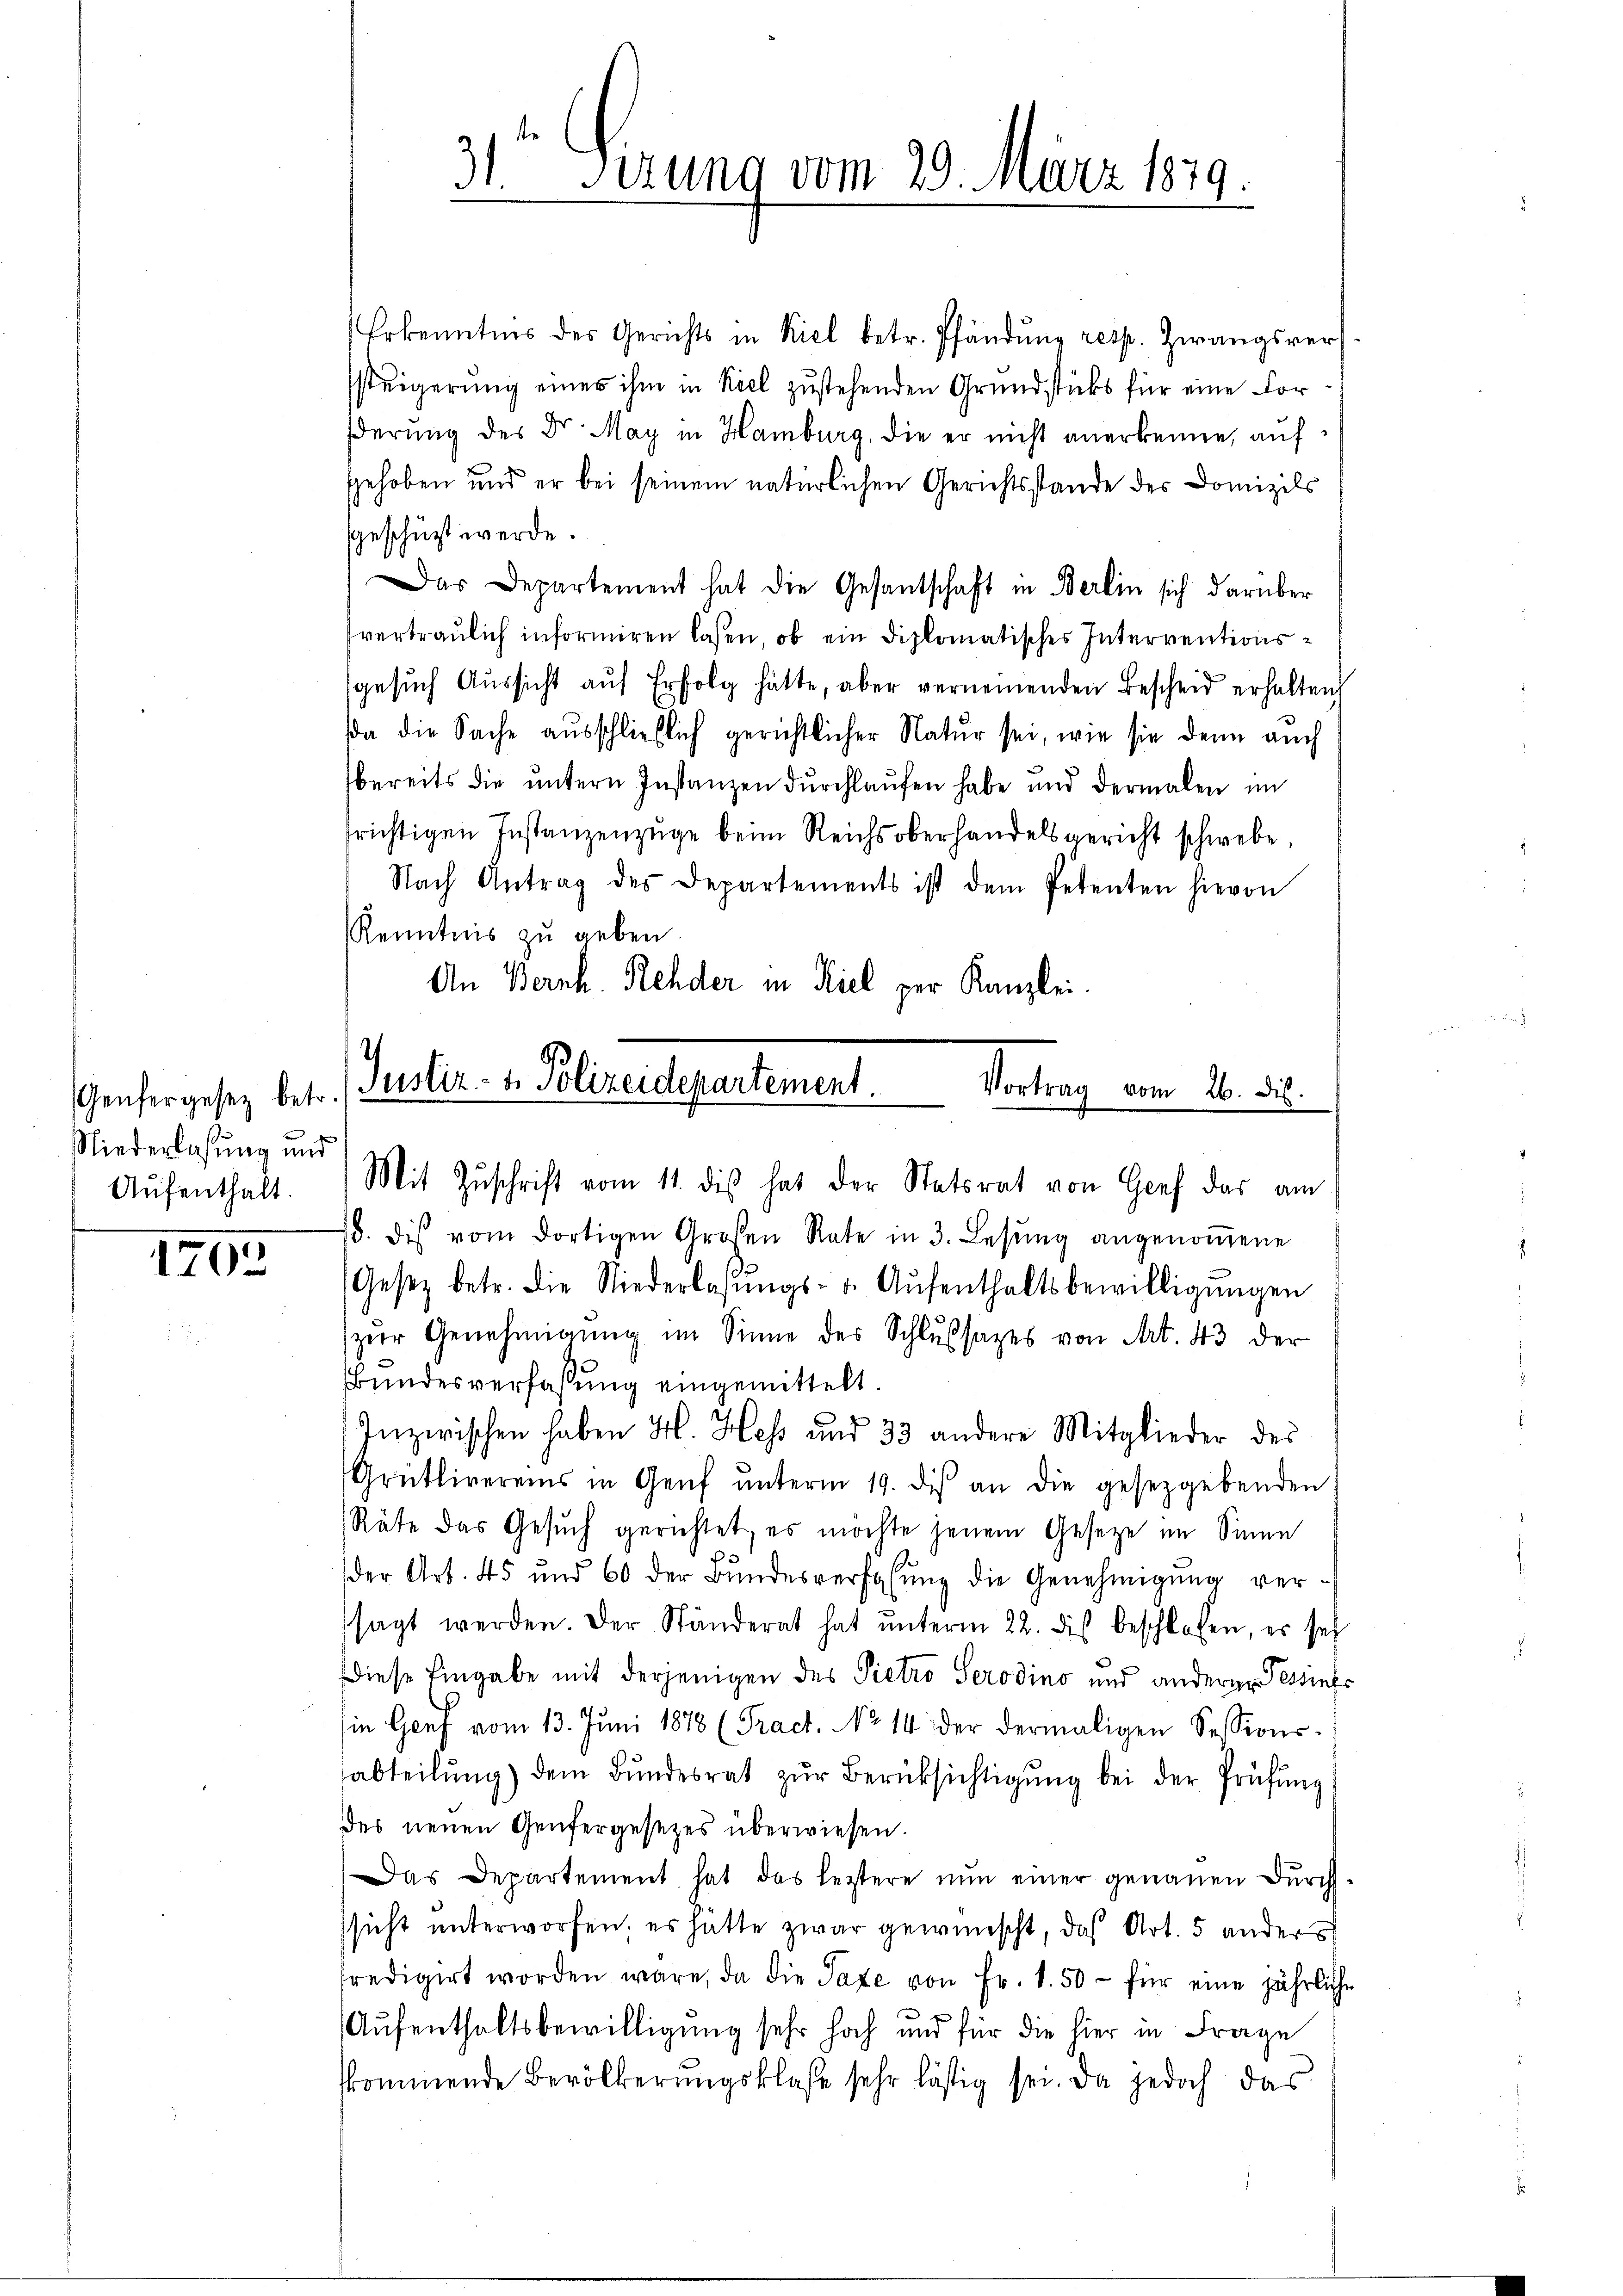
Niederlassung und
Aufenthalt.

1702

te
2
dt. Sizung vom 29. März 1879.

.
Genfergesetz betr. Justiz- & Polizeidepartement.
Vortrag vom 26. ds.

Erkenntnis der Gerichts in Kiel betr. Pfändung resp. Zwangsver-
steigerŭng eines ihm in Kiel zŭstehenden Grundstücks für eine For
derung des Dr. May in Hamburg, die er nicht anerkenne, auf
gehoben und er bei seinem natürlichen Gerichtsstande des Domizils
geschüzt werde.
Das Departement hat die Gesantschaft in Berlin sich darüber
fvertraulich informiren laßen, ob ein diplomatisches Interventionssgesuch Aussicht auf Erfolg hätte, aber vernemenden Bescheid erhalten
a die Sache ausschließlich gerichtlicher Natur sei, wie sie dann auch
bereits die ŭntern Instanzen dŭrchlaŭfen habe und dermalen im
srichtigen Instanzenzüge beim Reichsoberhandelsgericht schwebe,
Nach Antrag des Departements ist dem Petenten hievon
Kenntnis zu geben
An Bernh. Rehder in Kiel per Kanzlei.
Mit Zŭschrift vom 11. dis hat der Statsrat von Genf das am
/. dis vom dortigen Großen Rate in 3. Lesung angenoṁene
Gesetz betr. die Niederlasŭngs- u. Aŭfenthaltsbewilligŭngen
zŭr Genehmigŭng im Sinne des Schlußsatzes von Art. 43 der
Bundesverfassung eingemittelt.
f
Inzwischen haben H. Hess und 33 andere Mitglieder des
Grütlivereins in Genf ŭnterm 19. dis an die gesetzgebenden
Räte das Gesuch gerichtet, es möchte jenem Gesetze im Sinne
der Art. 45 und 60 der Bŭndesverfalŭng die Genehmigŭng ver-
sagt werden. Der Ständerat hat ŭnterm 22. dis beschlossen, es seh
Diese Eingabe mit derjenigen des Pietro Serodino und anderen Tessinfe
in Genf vom 13. Juni 1878 (Tract. No 14 der dermaligen Sessions-
abteilŭng) dem Bŭndesrat zŭr Berücksichtigung bei der Prüfung
des neuen Genfergesezes überwiesen.
Das Departement hat das leistere nun einer genauen Durch
ssicht unterworfen, es hätte zwar gewünscht, das Art. 5 ander
predigirt worden wäre, da die Taxe von Fr. 1.50 - für eine jährliche
Aufenthaltsbewilligung sehr hoch und für die hier in Frage
kkommende Bevölkerungsklasse sehr lästig sei. Da jedoch das